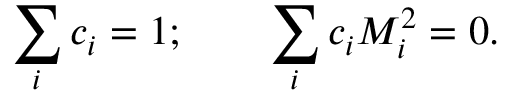
\sum _ { i } c _ { i } = 1 ; \qquad \sum _ { i } c _ { i } M _ { i } ^ { 2 } = 0 .